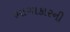
ભાગાકારની